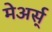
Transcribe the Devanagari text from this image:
मेअर्स्